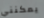
يمكنني